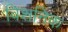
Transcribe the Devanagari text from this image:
विशनिक